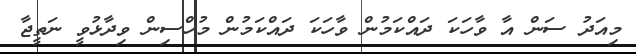
މިއަދު ސަން އާ ވާހަކަ ދައްކަމުން ވާހަކަ ދައްކަމުން މުހްސިން ވިދާޅުވީ ނަތީޖާ